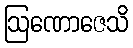
ဩဏောဇေသိ